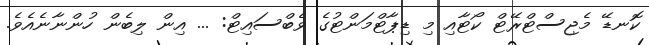
ކޮނޑޭ މެޖިސްޓްރޭޓް ކޯޓާއި މި ޑިޕާޓްމަންޓުގެ ވެބްސައިޓް: ... އިން ލިބެން ހުންނާނެއެވެ.